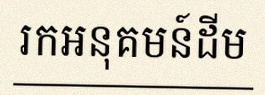
រកអនុគមន៍ដើម